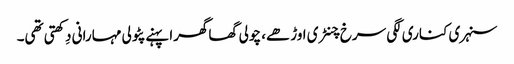
سنہری کناری لگی سرخ چنٹری اوڑھے، چولی گھاگھرا پہنے پٹولی مہارانی دِکھتی تھی۔